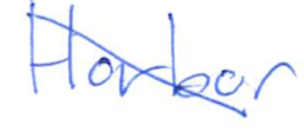
Text: Harbor
Cross-out: diagonal
Writing tool: ballpoint